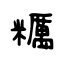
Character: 糲